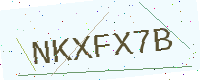
Text: NKXFX7B